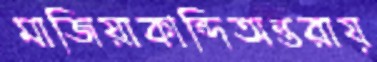
মাজিয়াকান্দিঅন্তরায়